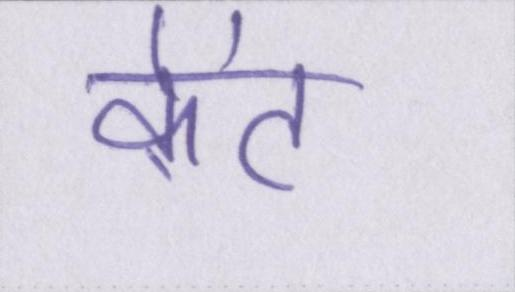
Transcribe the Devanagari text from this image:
केंट